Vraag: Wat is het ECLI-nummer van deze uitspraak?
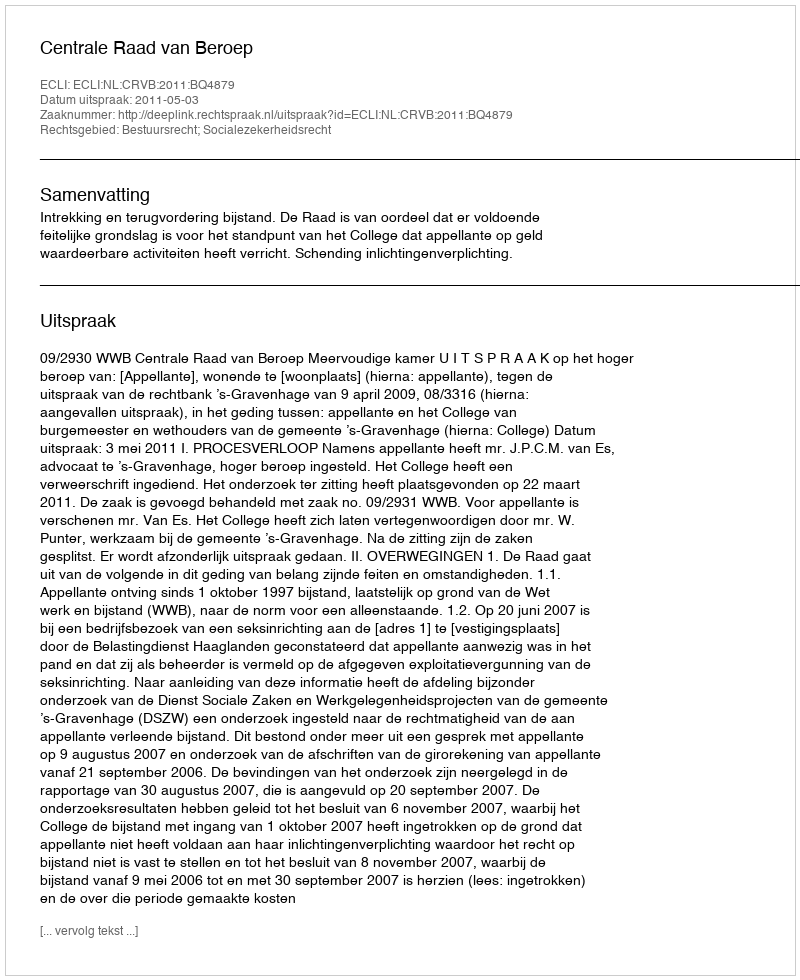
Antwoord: ECLI:NL:CRVB:2011:BQ4879